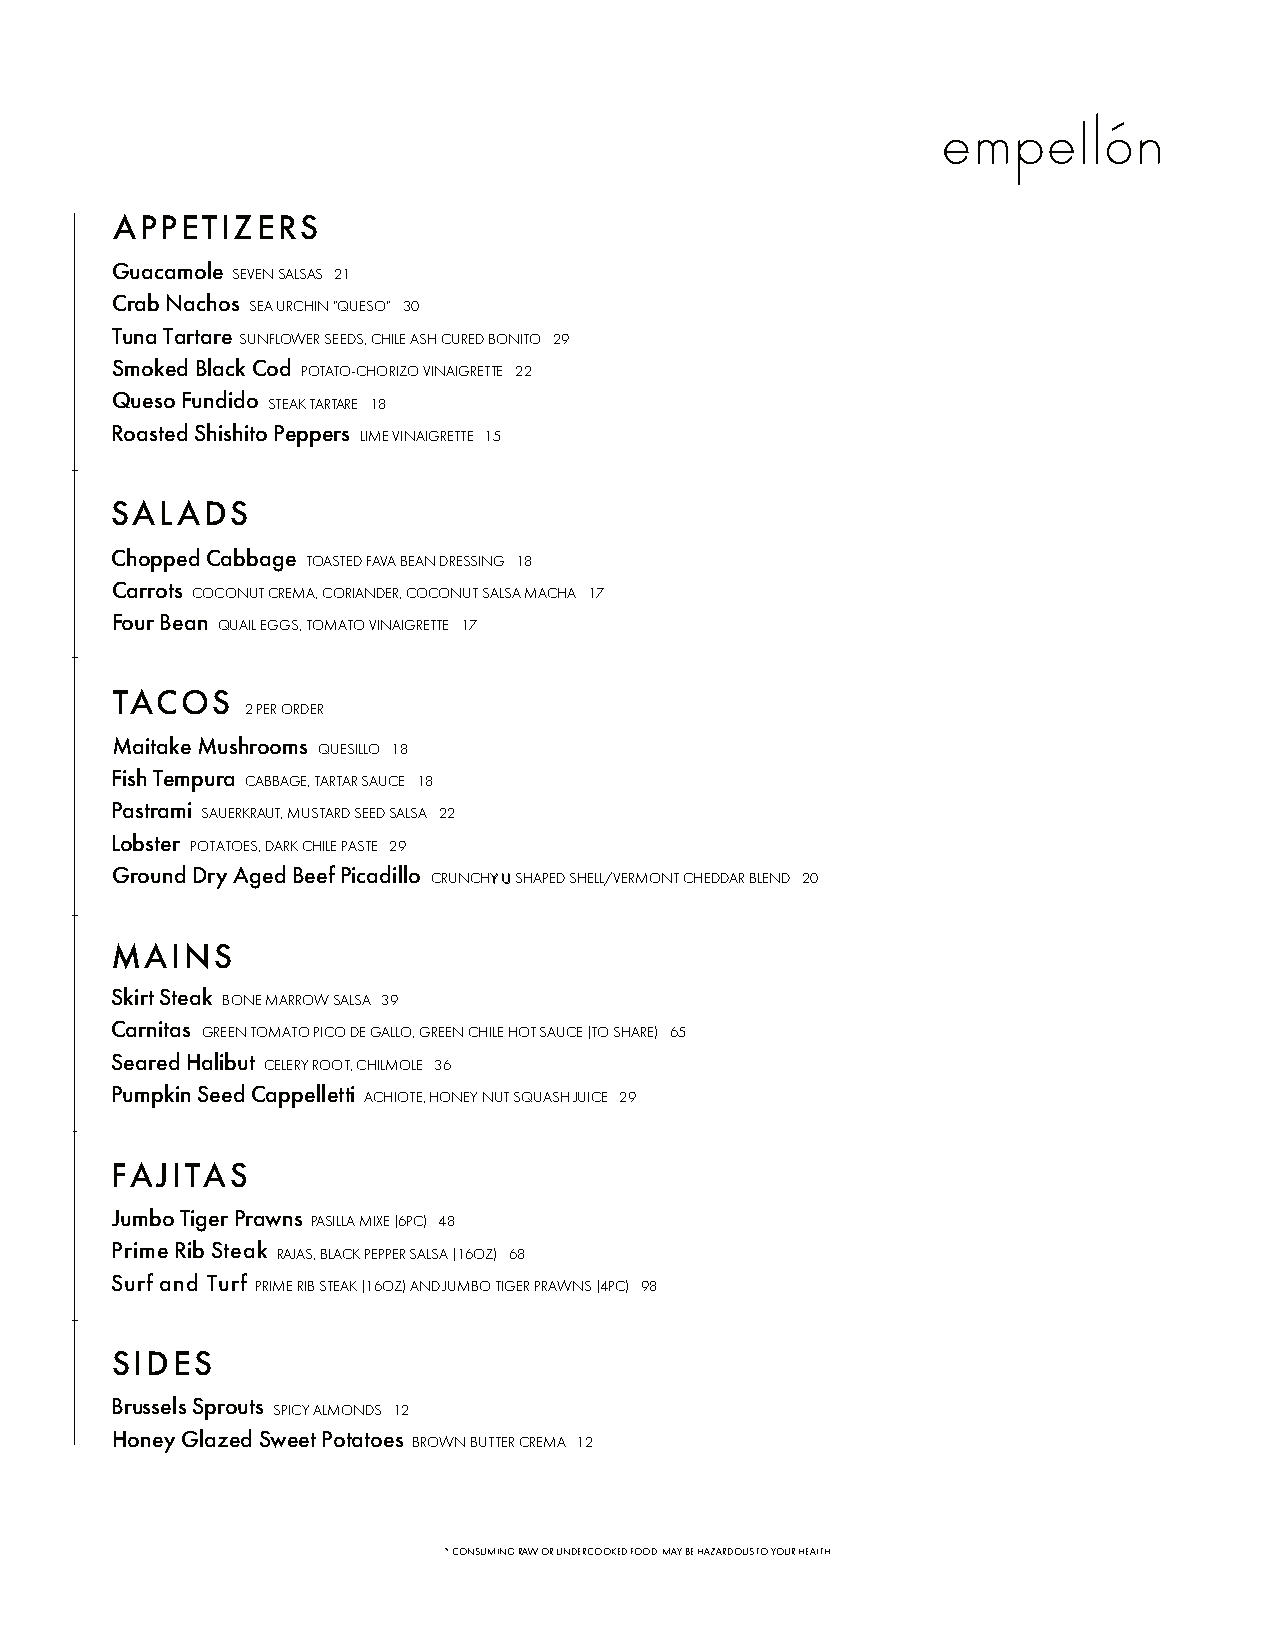
APPETIZ   ERS
 Guacamole SEVENSALSAS 21
 CrabNachos SEAURCHIN”QUESO” 30
 Tuna Tartare SUNFLOWER SEEDS, CHILE ASH CURED BONITO 29
 SmokedBlackCod POTATO-CHORIZOVINAIGRETTE 22
 QuesoFundido
 STEAKTARTARE 18
 RoastedShishitoPeppers LIMEVINAIGRETTE 15
 SALAD   S
 ChoppedCabbage TOASTEDFAVABEANDRESSING 18
 Carrots COCONUTCREMA, CORIANDER, COCONUT SALSA MACHA 17
 Four Bean QUAIL EGGS, TOMATO VINAIGRETTE 17
 TACOS
 2 PER ORDER
 MaitakeMushrooms
 QUESILLO 18
 FishTempura CABBAGE, TARTAR SAUCE 18
 Pastrami SAUERKRAUT, MUSTARD SEED SALSA 22
 Lobster POTATOES, DARK CHILE PASTE 29
 GroundDryAgedBeefPicadillo CRUNCHYY UU SHAPED SHELL/VERMONT CHEDDAR BLEND 20
 MAINS
 SkirtSteak BONEMARROWSALSA 39
 Carnitas GREENTOMATOPICODEGALLO, GREEN CHILE HOT SAUCE (TO SHARE) 65
 SearedHalibut CELERYROOT,CHILMOLE 36
 PumpkinSeedCappelletti ACHIOTE,HONEYNUTSQUASHJUICE 29
 FAJITAS
 JumboTigerPrawns
 PASILLAMIXE (6PC) 48
 Prime Rib Steak
 RAJAS, BLACK PEPPER SALSA (16OZ) 68
 Surf and Turf
 PRIME RIB STEAK (16OZ) AND JUMBO TIGER PRAWNS (4PC) 98
 SIDES
 BrusselsSprouts
 SPICYALMONDS 12
 HoneyGlazedSweet Potatoes
 BROWNBUTTERCREMA 12
 *CONSUMINGRAWORUNDERCOOKEDFOODMAYBEHAZARDOUSTOYOURHEALTH